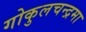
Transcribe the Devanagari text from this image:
गोकुलचन्द्रमा